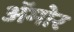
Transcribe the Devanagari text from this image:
अॅमोर